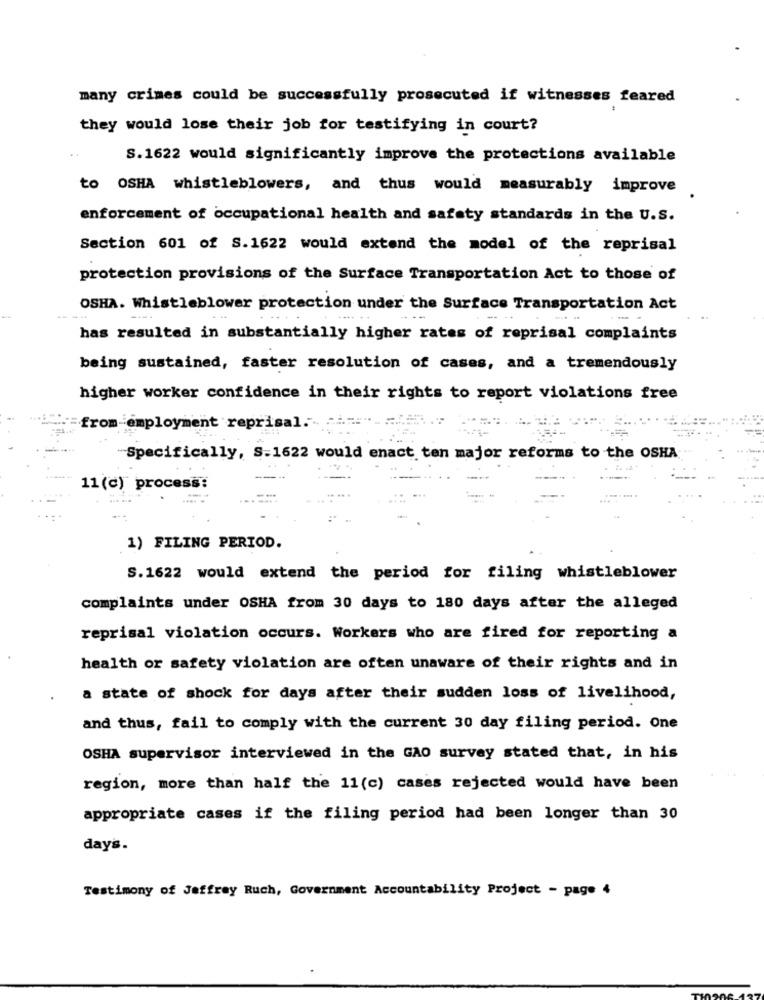
many crimes could be successfully prosecuted if witnesses feared
they would lose their job for testifying in court?
..
S. 1622 would significantly improve the protections available
to OSHA whistleblowers, and thus would measurably improve
enforcement of occupational health and safety standards in the U.S.
Section 601 of S.1622 would extend the model of the reprisal
protection provisions of the Surface Transportation Act to those of
OSHA. Whistleblower protection under the Surface Transportation Act
has resulted in substantially higher rates of reprisal complaints
being sustained, faster resolution of cases, and a tremendously
higher worker confidence in their rights to report violations free
from-employment reprisal .-
Specifically, S.1622 would enact ten major reforms to the OSHA
11 (c) process:
.....
1) FILING PERIOD.
S.1622 would extend the period for filing whistleblower
complaints under OSHA from 30 days to 180 days after the alleged
reprisal violation occurs. Workers who are fired for reporting a
health or safety violation are often unaware of their rights and in
a state of shock for days after their sudden loss of livelihood,
and thus, fail to comply with the current 30 day filing period. One
OSHA supervisor interviewed in the GAO survey stated that, in his
region, more than half the 11(c) cases rejected would have been
appropriate cases if the filing period had been longer than 30
days.
Testimony of Jeffrey Ruch, Government Accountability Project - page 4